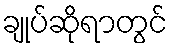
ချုပ်ဆိုရာတွင်